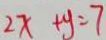
2 x + y = 7